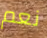
نعم